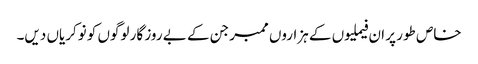
خاص طور پر ان فیملیوں کے ہزاروں ممبر جن کے بے روز گار لوگوں کو نوکریاں دیں۔